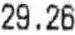
29.26